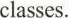
classes.